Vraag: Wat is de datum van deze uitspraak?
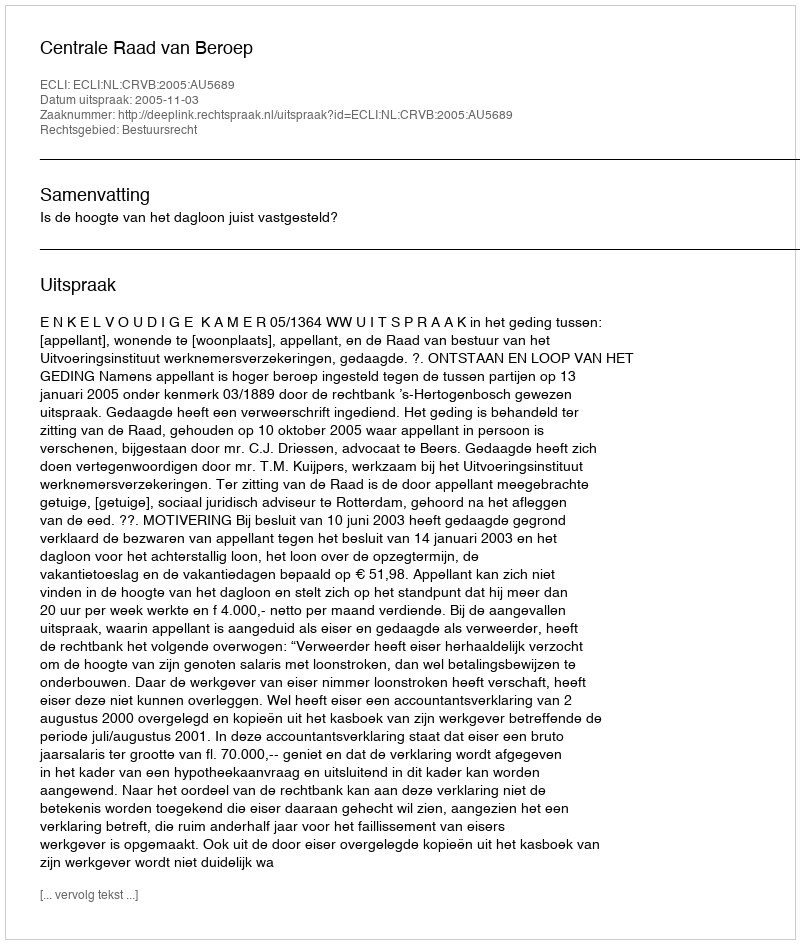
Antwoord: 2005-11-03